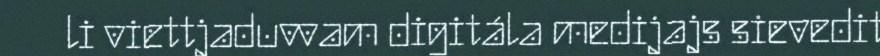
li viettjaduvvam digitála medijajs sievedit